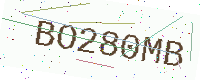
Text: BO280MB